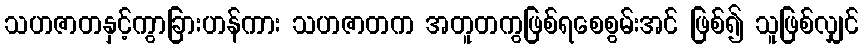
သဟဇာတနှင့်ကွာခြားဟန်ကား သဟဇာတက အတူတကွဖြစ်ရစေစွမ်းအင် ဖြစ်၍ သူဖြစ်လျှင်